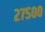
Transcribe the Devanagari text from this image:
२७५००